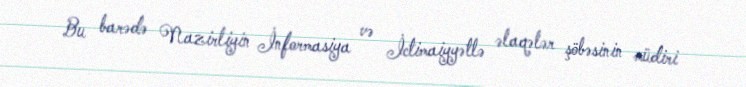
Bu barədə Nazirliyin İnformasiya və İctimaiyyətlə əlaqələr şöbəsinin müdiri